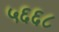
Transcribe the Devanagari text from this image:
५६६८